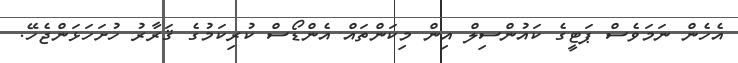
އެހެން ނަމަވެސް ޕަޓީގެ ކައުންސިލް އިން މިކަންތައް އެންޑޯސް ކުރިކަމުގެ ޤަރާރު ހުށަހަޅަންޖެހޭ.